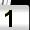
Digit: 1